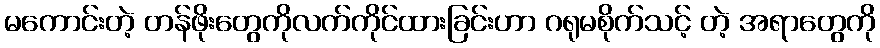
မကောင်းတဲ့ တန်ဖိုးတွေကိုလက်ကိုင်ထားခြင်းဟာ ဂရုမစိုက်သင့် တဲ့ အရာတွေကို